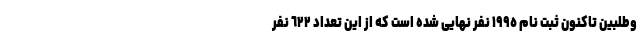
وطلبین تاکنون ثبت نام ١٩٩٥ نفر نهایی شده است که از این تعداد ٦٢٢ نفر